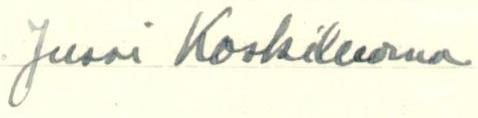
Jussi Koskiluoma